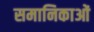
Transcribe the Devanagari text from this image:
समानिकाओं